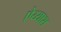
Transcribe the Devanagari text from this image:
ऐय्याश